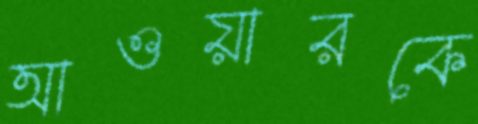
আওয়ারকে